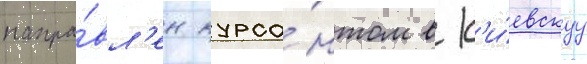
напра́вл'ен курса́нтом в к'и́евскуу